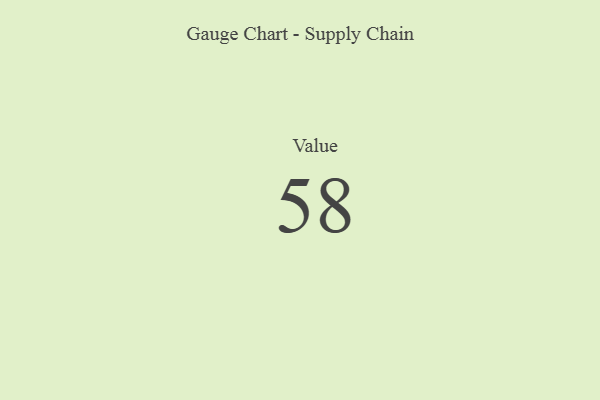
{"axis": {"x": "Metric", "y": "Value"}, "legend": [""], "data": [{"x": "Value", "y": 58, "type": ""}]}